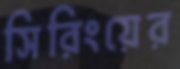
সিরিংয়ের